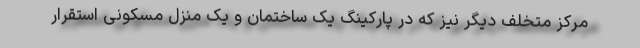
مرکز متخلف دیگر نیز که در پارکینگ یک ساختمان و یک منزل مسکونی استقرار